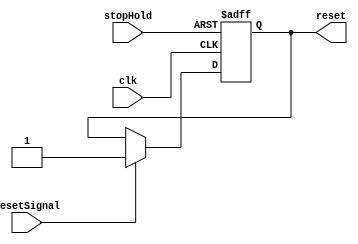
module holdReset(
	input clk,
	input resetSignal,
	input stopHold,
	output reg reset);
	
	always @ (posedge clk or posedge stopHold) begin
		if (stopHold)
			reset = 0;
		else if (resetSignal)
			reset = 1;
	end
	
endmodule